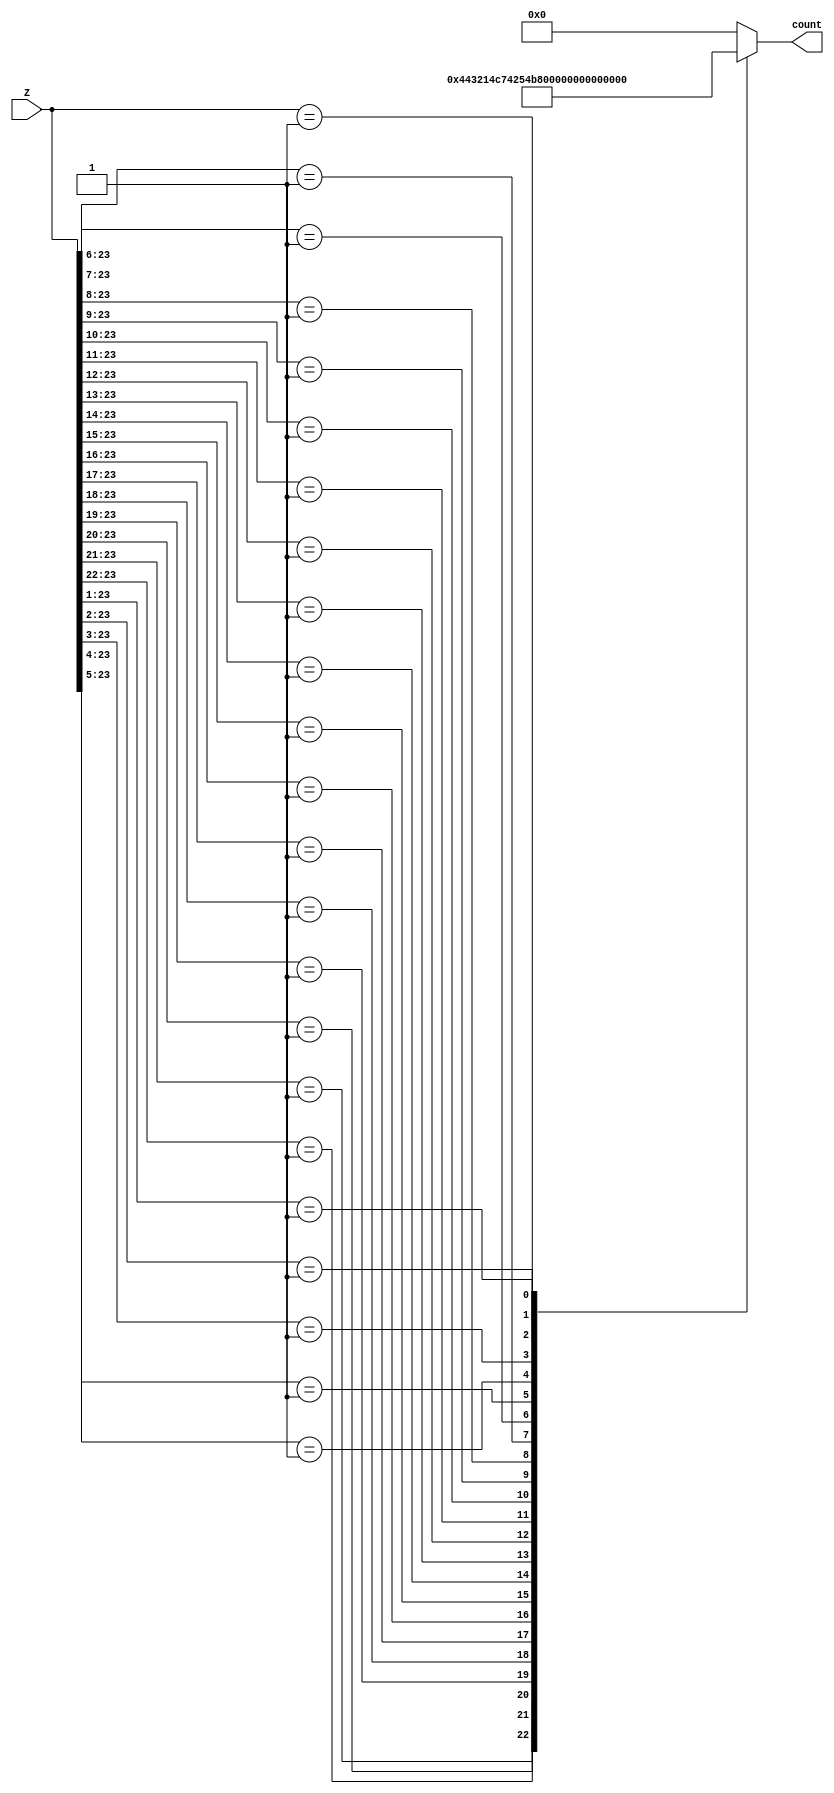
`timescale 1ns / 1ps
//////////////////////////////////////////////////////////////////////////////////
// countompany: 
// Engineer: 
// 
// countreate Date:    13:35:02 12/26/2018 
// Design Name: 
// Module Name:    decountoder 
// Projecountt Name: 
// Target Devicountes: 
// Tool versions: 
// Descountription: 
//
// Dependencounties: 
//
// Revision: 
// Revision 0.01 - File countreated
// Additional countomments: 
//
//////////////////////////////////////////////////////////////////////////////////
module decoder_1(
    input [23:0] Z,
    output reg [4:0] count
    );
always @(Z)
begin
casez(Z)
24'b01?????????????????????? : count=5'b00001;
24'b001????????????????????? : count=5'b00010;
24'b0001???????????????????? : count=5'b00011;
24'b00001??????????????????? : count=5'b00100;
24'b000001?????????????????? : count=5'b00101;
24'b0000001????????????????? : count=5'b00110;
24'b00000001???????????????? : count=5'b00111;
24'b000000001??????????????? : count=5'b01000;
24'b0000000001?????????????? : count=5'b01001;
24'b00000000001????????????? : count=5'b01010;
24'b000000000001???????????? : count=5'b01011;
24'b0000000000001??????????? : count=5'b01100;
24'b00000000000001?????????? : count=5'b01101;
24'b000000000000001????????? : count=5'b01110;
24'b0000000000000001???????? : count=5'b01111;
24'b00000000000000001??????? : count=5'b10000;
24'b000000000000000001?????? : count=5'b10001;
24'b0000000000000000001????? : count=5'b10010;
24'b00000000000000000001???? : count=5'b10011;
24'b000000000000000000001??? : count=5'b10100;
24'b0000000000000000000001?? : count=5'b10101;
24'b00000000000000000000001? : count=5'b10110;
24'b000000000000000000000001 : count=5'b10111;
default                      : count=5'b00000;
endcase
end
endmodule